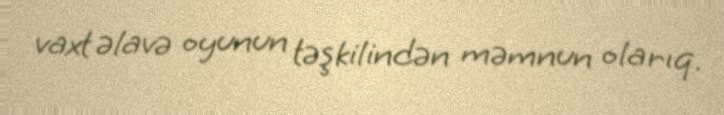
vaxt əlavə oyunun təşkilindən məmnun olarıq.